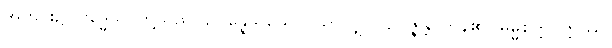
အတွင်း၌။ ဗုဒ္ဓေသု၊ တို့သည်။ ဥပ္ပန္နေသုယေဝ၊ သာလျှင်။ ဥပ္ပဇ္ဇန္တိ၊ ကုန်၏။ ဓမ္မစက္ကဝတ္တဿ၊